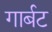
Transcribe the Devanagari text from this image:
गार्बट